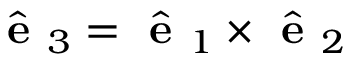
\hat { \textbf { e } } _ { 3 } = \hat { \textbf { e } } _ { 1 } \times \hat { \textbf { e } } _ { 2 }